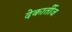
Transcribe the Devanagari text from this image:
देकार्तीज